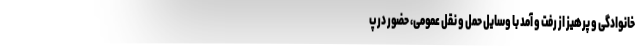
خانوادگی و پرهیز از رفت و آمد با وسایل حمل و نقل عمومی، حضور در پ